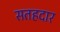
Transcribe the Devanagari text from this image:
सतहदार